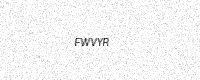
Text: FWVYR